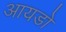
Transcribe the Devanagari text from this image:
आयडो